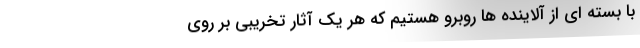
با بسته ای از آلاینده ها روبرو هستیم که هر یک آثار تخریبی بر روی